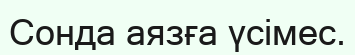
Сонда аязға үсімес.